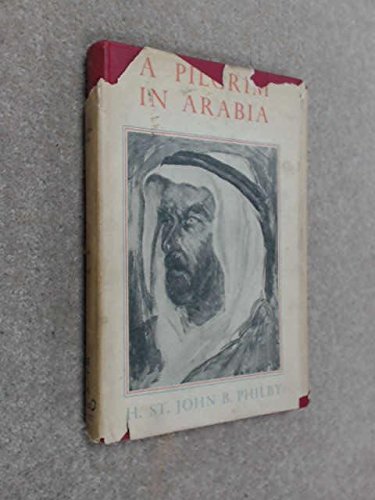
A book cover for A pilgrim in Arabia; H. St. J. B Philby; Travel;